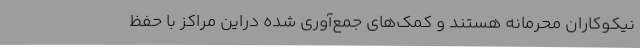
نیکوکاران محرمانه هستند و کمک‌های جمع‌آوری شده دراین مراکز با حفظ